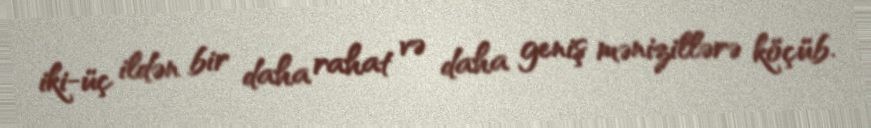
iki-üç ildən bir daha rahat və daha geniş mənizillərə köçüb.